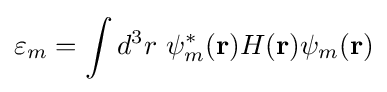
\varepsilon _{m}=\int d^{3}r\ \psi _{m}^{*}(\mathbf {r} )H(\mathbf {r} )\psi _{m}(\mathbf {r} )